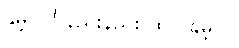
နှိမ့်ပါ ! နည်းနည်း ထပ် နှိမ့်ပါ။